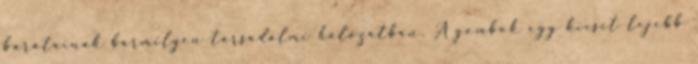
barátainak bármilyen társadalmi hálózatban. A gombok egy kicsit lejebb